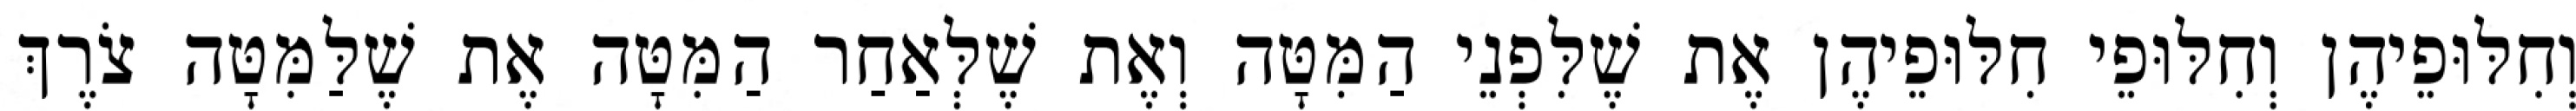
וְחִלּוּפֵיהֶן וְחִלּוּפֵי חִלּוּפֵיהֶן אֶת שֶׁלִּפְנֵי הַמִּטָּה וְאֶת שֶׁלְּאַחַר הַמִּטָּה אֶת שֶׁלַּמִּטָּה צֹרֶךְ